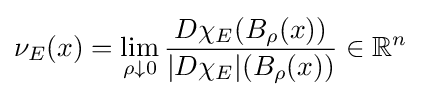
\nu _{E}(x)=\lim _{\rho \downarrow 0}{\frac {D\chi _{E}(B_{\rho }(x))}{|D\chi _{E}|(B_{\rho }(x))}}\in \mathbb {R} ^{n}